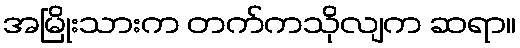
အမြိုးသားက တက်ကသိုလျက ဆရာ။